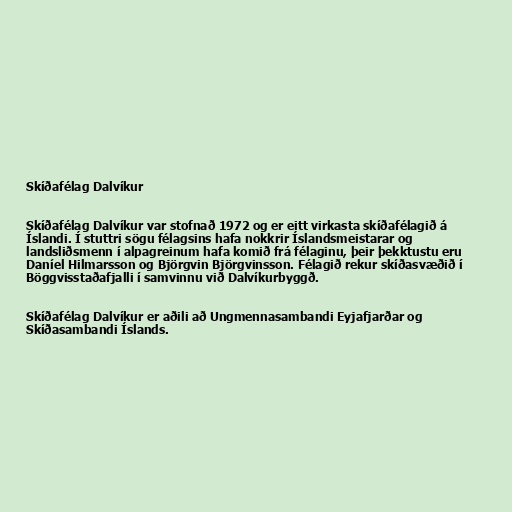
Skíðafélag Dalvíkur

Skíðafélag Dalvíkur var stofnað 1972 og er eitt virkasta skíðafélagið á
Íslandi. Í stuttri sögu félagsins hafa nokkrir Íslandsmeistarar og
landsliðsmenn í alpagreinum hafa komið frá félaginu, þeir þekktustu eru
Daníel Hilmarsson og Björgvin Björgvinsson. Félagið rekur skíðasvæðið í
Böggvisstaðafjalli í samvinnu við Dalvíkurbyggð.

Skíðafélag Dalvíkur er aðili að Ungmennasambandi Eyjafjarðar og
Skíðasambandi Íslands.